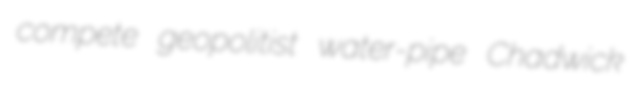
compete geopolitist water-pipe Chadwick